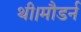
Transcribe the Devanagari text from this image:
थी।मौडर्न